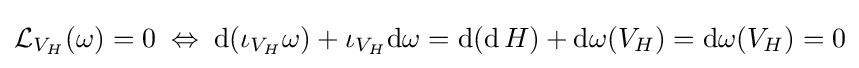
{\mathcal {L}}_{V_{H}}(\omega )=0\;\Leftrightarrow \;\mathrm {d} (\iota _{V_{H}}\omega )+\iota _{V_{H}}\mathrm {d} \omega =\mathrm {d} (\mathrm {d} \,H)+\mathrm {d} \omega (V_{H})=\mathrm {d} \omega (V_{H})=0